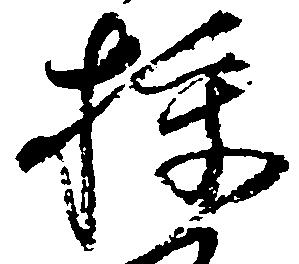
校